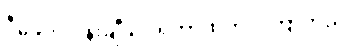
ဒီခေတ် ပန်းချီသင်ရတာထက် ပိုကြာတယ်။